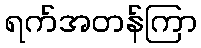
ရက်အတန်ကြာ